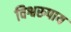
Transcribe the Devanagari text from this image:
विश्वरुपाय